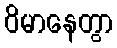
ဝိမာနေတွာ